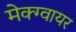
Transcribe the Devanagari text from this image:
मेक्ग्वायर